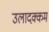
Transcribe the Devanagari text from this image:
उलादक्कम